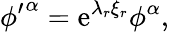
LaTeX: {\phi^{\prime}}^{\alpha}=\mathrm{e}^{{\lambda}_{r}{\xi}_{r}}{\phi}^{\alpha},